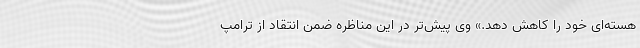
هسته‌ای خود را کاهش دهد.» وی پیش‌تر در این مناظره ضمن انتقاد از ترامپ